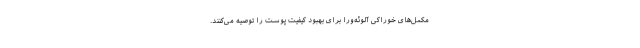
مکمل‌های خوراکی آلوئه‌ورا برای بهبود کیفیت پوست را توصیه می‌کنند.